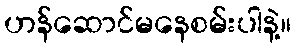
ဟန်ဆောင်မနေစမ်းပါနဲ့။